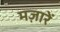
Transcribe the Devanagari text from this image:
मज़ारें